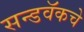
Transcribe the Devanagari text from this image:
सन्डवॅकचे